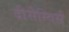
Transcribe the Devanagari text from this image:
दीसेम्विर्स